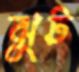
ঝুট